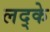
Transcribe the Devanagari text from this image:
लद्के